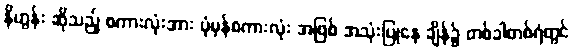
နိဟွန်း ဆိုသည့် စကားလုံးအား ပုံမှန်စကားလုံး အဖြစ် အသုံးပြုနေ ချိန်၌ တစ်ခါတစ်ရံတွင်